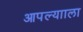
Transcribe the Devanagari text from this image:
आपल्यााला